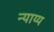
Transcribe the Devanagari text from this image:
न्‍याय्य